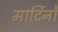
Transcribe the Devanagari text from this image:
मार्टिनों